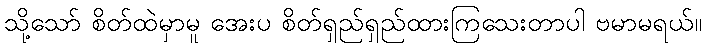
သို့သော် စိတ်ထဲမှာမူ အေးပ စိတ်ရှည်ရှည်ထားကြသေးတာပါ ဗမာမရယ်။